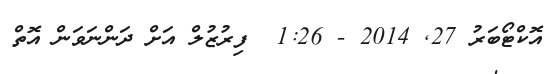
އޮކްޓޯބަރު 27